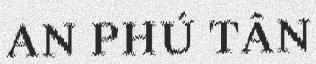
AN PHÚ TÂN